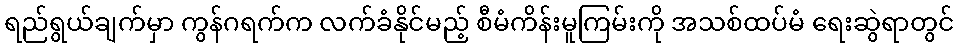
ရည်ရွယ်ချက်မှာ ကွန်ဂရက်က လက်ခံနိုင်မည့် စီမံကိန်းမူကြမ်းကို အသစ်ထပ်မံ ရေးဆွဲရာတွင်